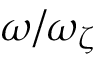
\omega / \omega _ { \zeta }